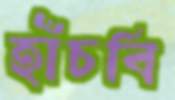
হাঁচবি